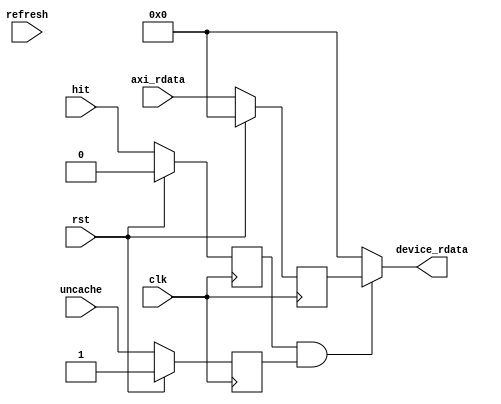
module ysyx_2022040010_uncache_data (
    input                   clk,
    input                   rst,

    input                   hit,
    input                   uncache,

    input                   refresh,
    input  [63:0]           axi_rdata, // device reg
    output [63:0]           device_rdata // send to device / mem
);

    reg [63:0] sram_rdata_r;
    reg hit_r;
    reg uncache_r;

    always @(posedge clk) begin
        if (rst) begin
            hit_r <= 1'b0;
            uncache_r <= 1'b1;
            sram_rdata_r <= 64'b0;
        end
        else begin
            hit_r <= hit;
            uncache_r <= uncache;
            sram_rdata_r <= axi_rdata;
        end
    end

    // TODO: is sequential logic required?
    assign device_rdata = (hit_r & uncache_r) ? sram_rdata_r : 64'b0;

    
endmodule